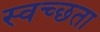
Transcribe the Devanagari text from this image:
स्वच्‍छता